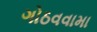
ગોઠવવામા